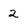
Character: 2